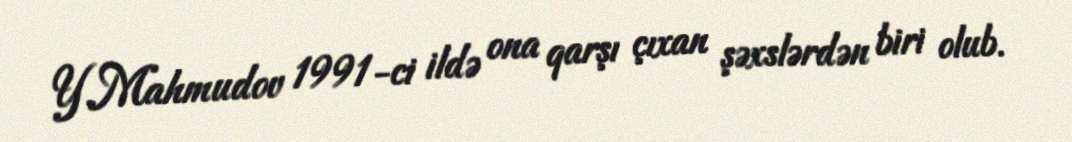
Y.Mahmudov 1991-ci ildə ona qarşı çıxan şəxslərdən biri olub.